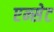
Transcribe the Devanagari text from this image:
एन्सेट